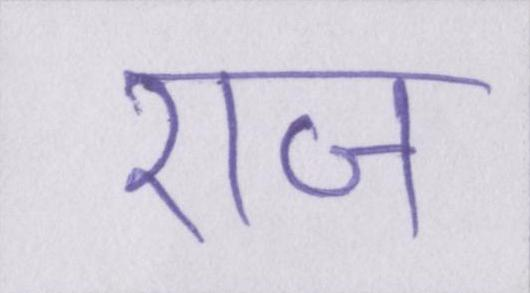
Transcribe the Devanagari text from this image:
राज